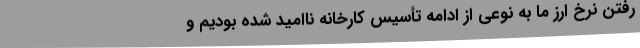
رفتن نرخ ارز ما به نوعی از ادامه تأسیس کارخانه ناامید شده بودیم و